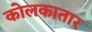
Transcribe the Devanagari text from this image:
कोलकातार